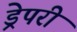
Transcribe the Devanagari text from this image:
ड्रेपरी